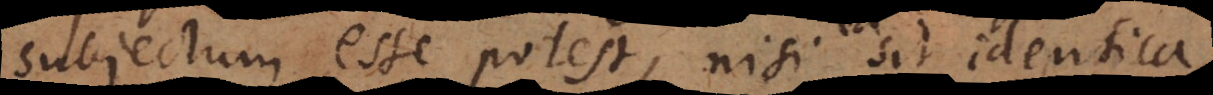
subjectum esse potest, nisi sit identica,